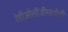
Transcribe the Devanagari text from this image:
रेडीओलॉजीमध्येही